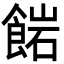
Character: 𩜠